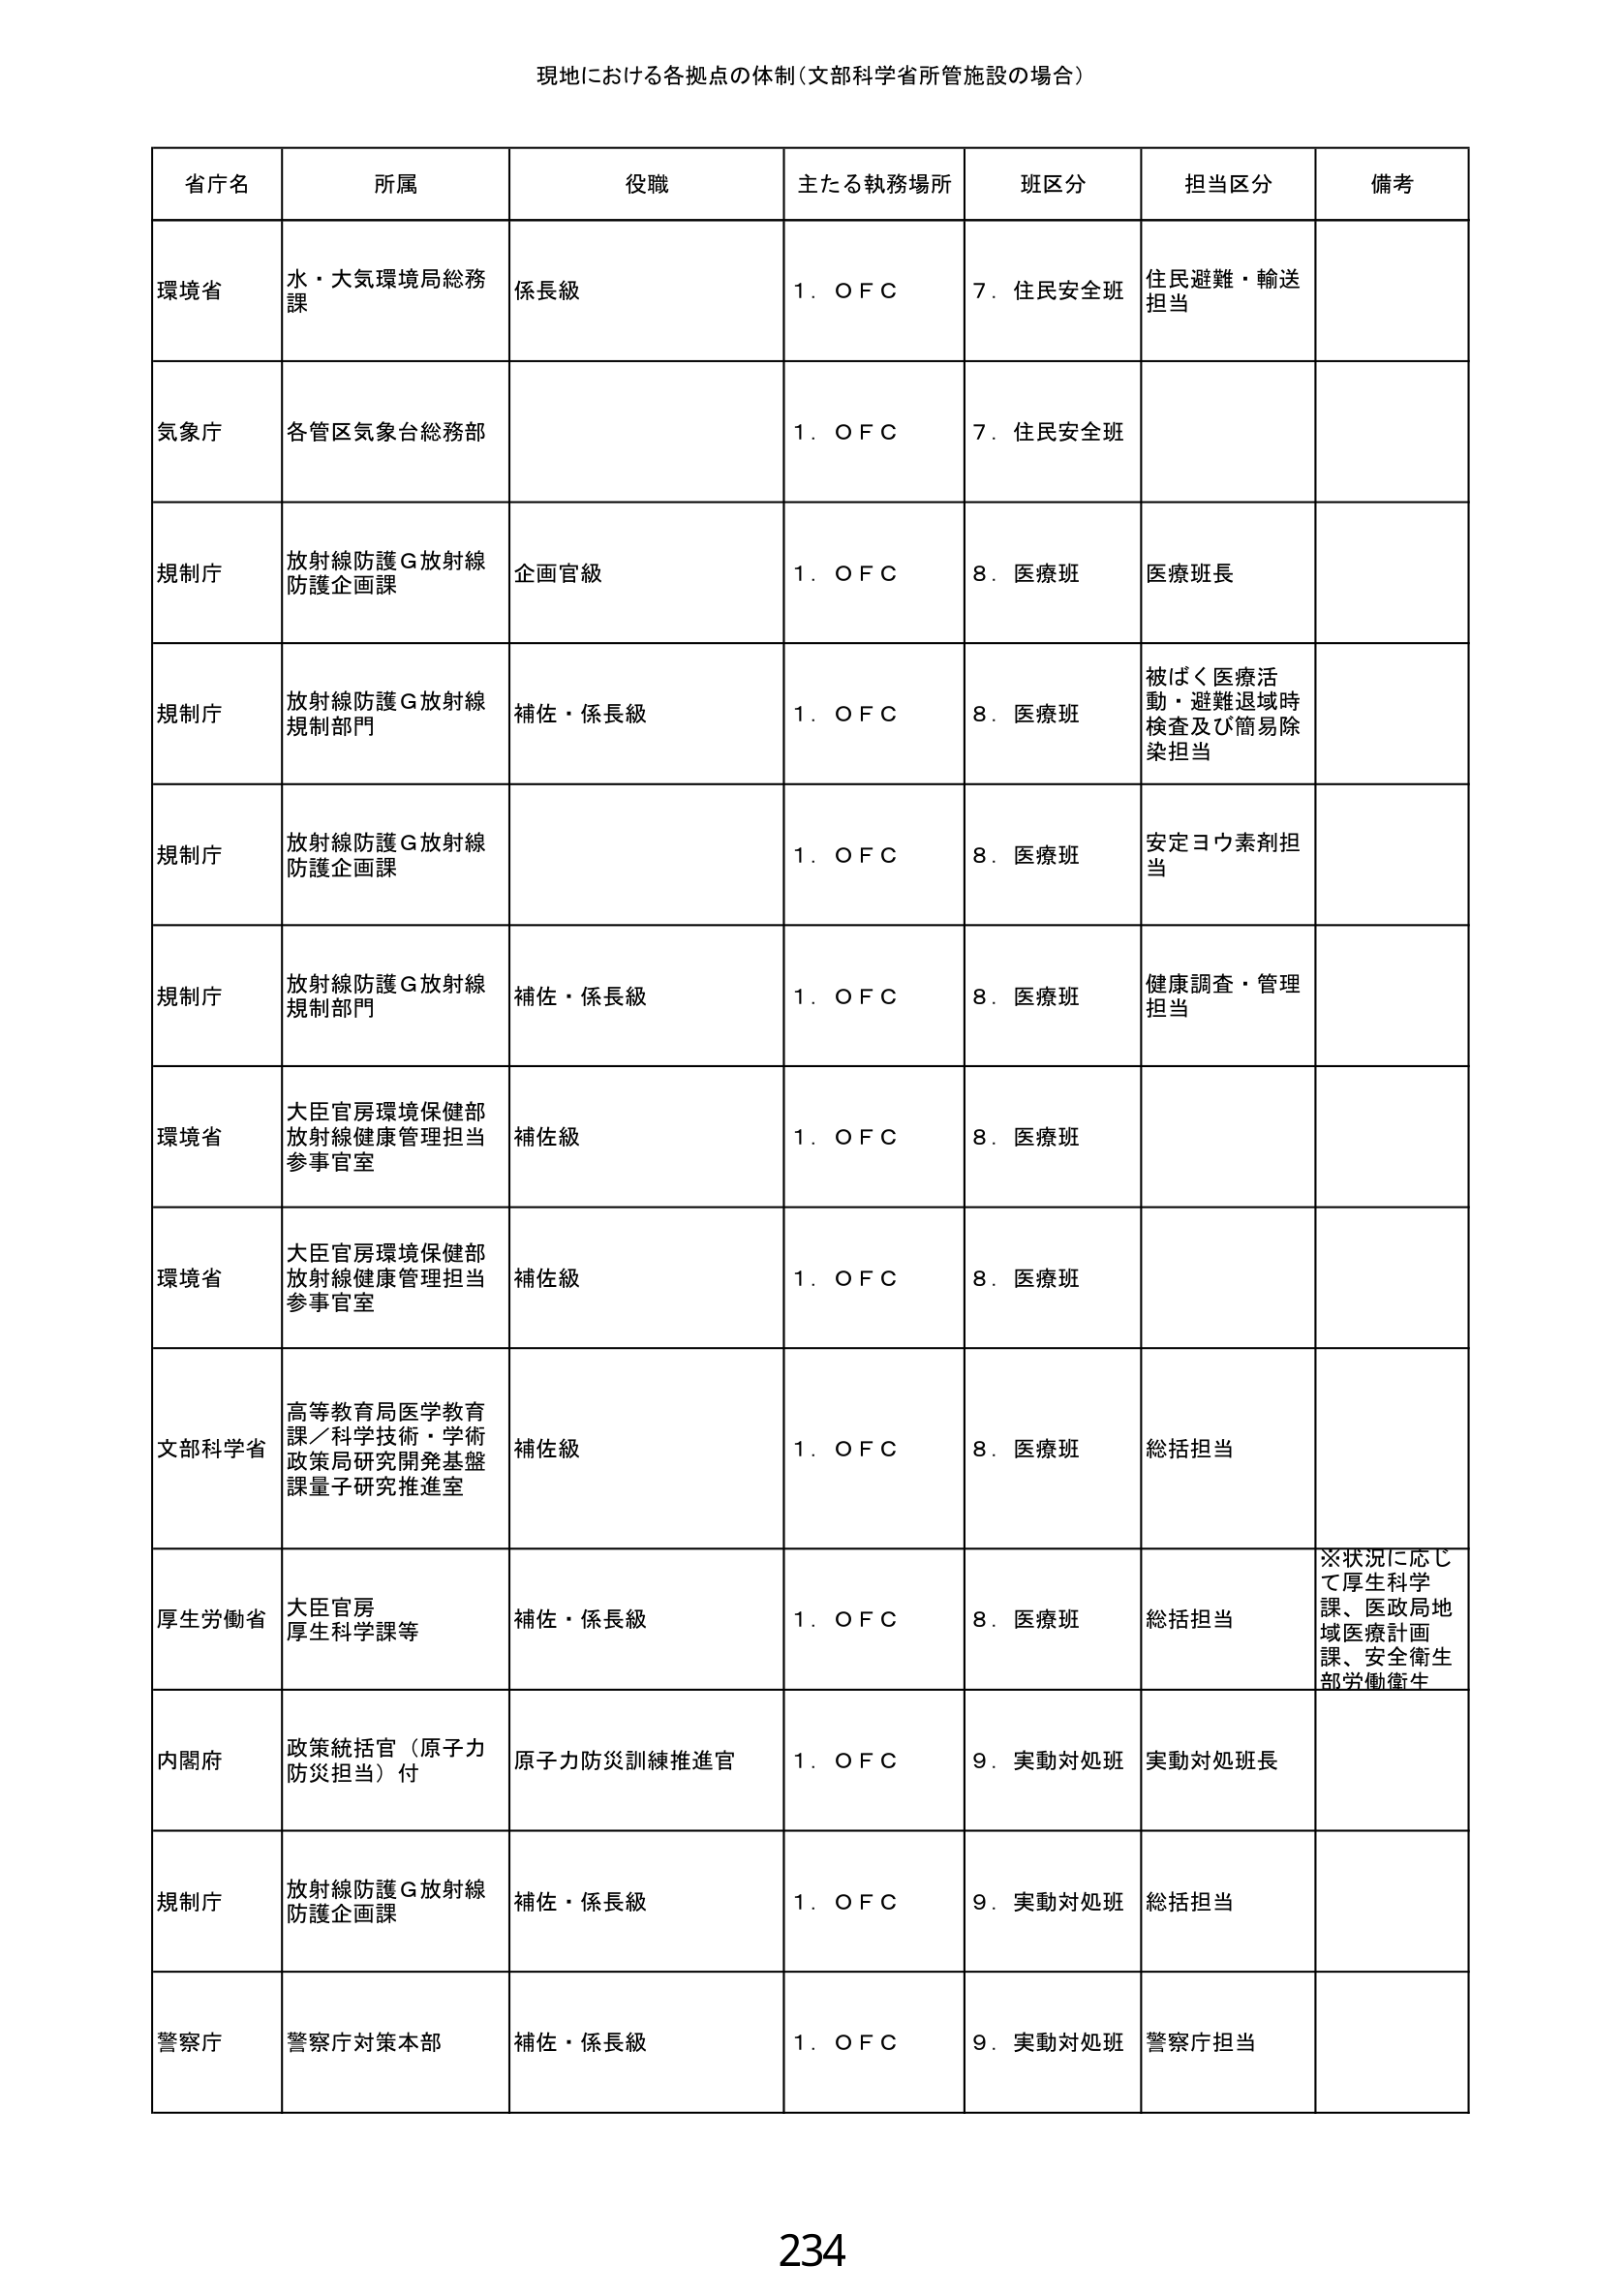
現地における各拠点の体制（文部科学省所管施設の場合）

省庁名	所属	役職	主たる執務場所	班区分	担当区分	備考
環境省	水・大気環境局総務課	係長級	１．ＯＦＣ	７．住民安全班	住民避難・輸送担当
気象庁	各管区気象台総務部		１．ＯＦＣ	７．住民安全班
規制庁	放射線防護Ｇ放射線防護企画課	企画官級	１．ＯＦＣ	８．医療班	医療班長
規制庁	放射線防護Ｇ放射線規制部門	補佐・係長級	１．ＯＦＣ	８．医療班	被ばく医療活動・避難退域時検査及び簡易除染担当
規制庁	放射線防護Ｇ放射線防護企画課		１．ＯＦＣ	８．医療班	安定ヨウ素剤担当
規制庁	放射線防護Ｇ放射線規制部門	補佐・係長級	１．ＯＦＣ	８．医療班	健康調査・管理担当
環境省	大臣官房環境保健部放射線健康管理担当参事官室	補佐級	１．ＯＦＣ	８．医療班
環境省	大臣官房環境保健部放射線健康管理担当参事官室	補佐級	１．ＯＦＣ	８．医療班
文部科学省	高等教育局医学教育課／科学技術・学術政策局研究開発基盤課量子研究推進室	補佐級	１．ＯＦＣ	８．医療班	総括担当
厚生労働省	大臣官房厚生科学課等	補佐・係長級	１．ＯＦＣ	８．医療班	総括担当	※状況に応じて厚生科学課、医政局地域医療計画課、安全衛生部労働衛生
内閣府	政策統括官（原子力防災担当）付	原子力防災訓練推進官	１．ＯＦＣ	９．実動対処班	実動対処班長
規制庁	放射線防護Ｇ放射線防護企画課	補佐・係長級	１．ＯＦＣ	９．実動対処班	総括担当
警察庁	警察庁対策本部	補佐・係長級	１．ＯＦＣ	９．実動対処班	警察庁担当

234